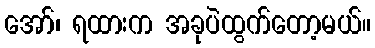
အော်၊ ရထားက အခုပဲထွက်တော့မယ်။